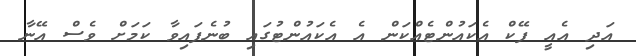
އަދި އެއީ ފޭކް އެކައުންޓެއްކަން އެ އެކައުންޓުގައި ބުނެފައިވާ ކަމަށް ވެސް އޭނާ